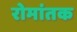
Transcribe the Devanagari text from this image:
रोमांतक